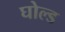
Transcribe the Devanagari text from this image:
घोल्ड